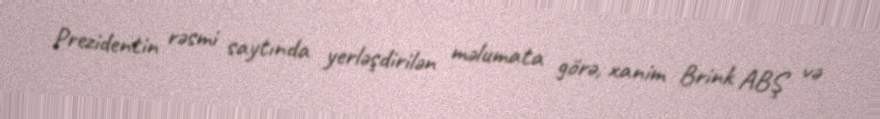
Prezidentin rəsmi saytında yerləşdirilən məlumata görə, xanim Brink ABŞ və